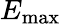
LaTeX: {E}_{\mathrm{max}}